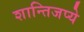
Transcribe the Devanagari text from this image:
शान्तिजप्ये